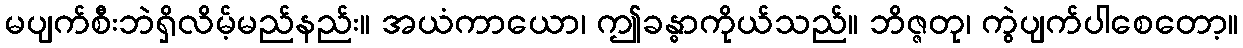
မပျက်စီးဘဲရှိလိမ့်မည်နည်း။ အယံကာယော၊ ဤခန္ဓာကိုယ်သည်။ ဘိဇ္ဇတု၊ ကွဲပျက်ပါစေတော့။